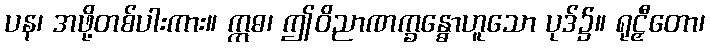
ပန၊ အဖို့တစ်ပါးကား။ ဣဓ၊ ဤဝိညာဏက္ခန္ဓောဟူသော ပုဒ်၌။ ရုဠှီတော၊